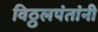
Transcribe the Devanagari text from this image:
विठ्ठलपंतांनी